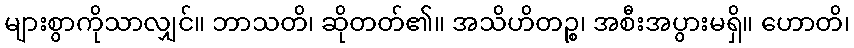
များစွာကိုသာလျှင်။ ဘာသတိ၊ ဆိုတတ်၏။ အသိဟိတဉ္စ၊ အစီးအပွားမရှိ။ ဟောတိ၊